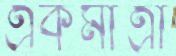
একমাত্রা